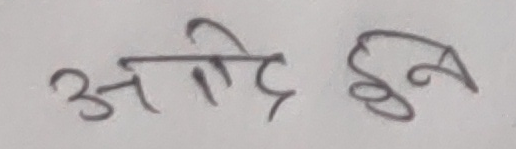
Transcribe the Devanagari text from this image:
अनदि हुन